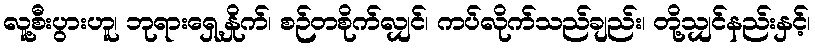
လူ့စီးပွားဟူ၊ ဘုရားရှေ့နှိုက်၊ စဉ်တစိုက်လျှင်၊ ကပ်လိုက်သည်ချည်း၊ တို့သျှင်နည်းနှင့်၊